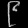
Digit: ၉